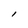
Character: l